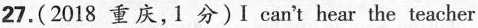
27. ( 2018 重庆,1 分) I can't hear the teacher